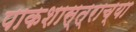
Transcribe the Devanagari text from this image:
पाकशास्त्राच्या